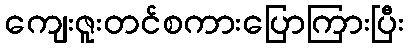
ကျေးဇူးတင်စကားပြောကြားပြီး